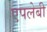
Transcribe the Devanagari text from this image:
एपलेबी